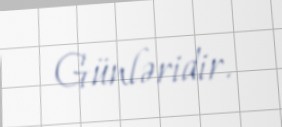
Günləridir.